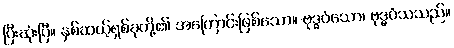
ပြီးဆုံးပြီ။ နှစ်ဆယ့်ရှစ်ခုတို့၏ အကြောင်းဖြစ်သော။ ဗုဒ္ဓဝံသော၊ ဗုဒ္ဓဝံသသည်။